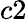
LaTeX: c2